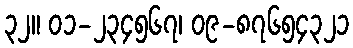
၃၂။ ၀၁-၂၃၄၅၆၇၊ ၀၉-၈၇၆၅၄၃၂၁